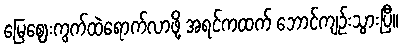
မြေဈေးကွက်ထဲရောက်လာဖို့ အရင်ကထက် ဘောင်ကျဉ်းသွားပြီ။